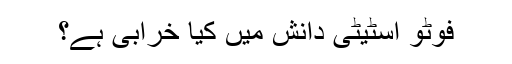
فوٹو اسٹیٹی دانش میں کیا خرابی ہے؟